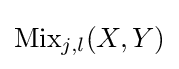
{\textrm {Mix}}_{j,l}(X,Y)